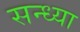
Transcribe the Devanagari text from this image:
सन्‍ध्‍या